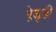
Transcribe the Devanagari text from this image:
रे़ड्डी